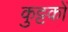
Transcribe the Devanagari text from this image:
कुट्टकों